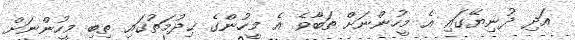
އަދި ދުނިޔޭގައި އެ މީހުންނަށް ތަބާވެ އެ މީހުންގެ ޚިދުމަތުގައި ތިބި މީހުންނަށް